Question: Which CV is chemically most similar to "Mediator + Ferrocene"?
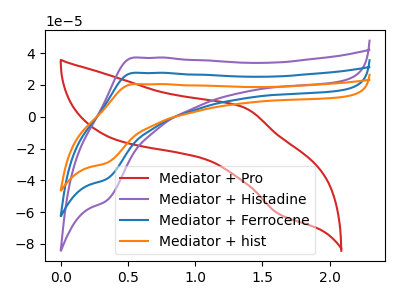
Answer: <think>The red curve "Mediator + Pro" has an anodic peak at (1.35V, 5.95uA) and a cathodic peak at (1.65V, -61.35uA). The purple curve "Mediator + Histadine" has an anodic peak at (0.55V, 37.15uA) and a cathodic peak at (0.35V, -53.00uA). The blue curve "Mediator + Ferrocene" has an anodic peak at (0.55V, 27.55uA) and a cathodic peak at (0.35V, -39.35uA). The orange curve "Mediator + hist" has an anodic peak at (0.55V, 55.10uA) and a cathodic peak at (0.35V, -78.70uA).
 "Mediator + Pro" and "Mediator + Histadine" have at least one peak that do not match. "Mediator + Pro" and "Mediator + Ferrocene" have at least one peak that do not match. "Mediator + Pro" and "Mediator + hist" have at least one peak that do not match. All the peaks in "Mediator + Histadine" have a peak in "Mediator + Ferrocene" at the same potential. Every peak in "Mediator + Histadine" is higher than every peak in "Mediator + Ferrocene". All the peaks in "Mediator + Histadine" have a peak in "Mediator + hist" at the same potential. Every peak in "Mediator + Histadine" is lower than every peak in "Mediator + hist". All the peaks in "Mediator + Ferrocene" have a peak in "Mediator + hist" at the same potential. Every peak in "Mediator + Ferrocene" is lower than every peak in "Mediator + hist".</think>
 <answer>"Mediator + Ferrocene" and "Mediator + hist" have a similar shape to "Mediator + Histadine".</answer>
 <eval>"Mediator + Ferrocene" "Mediator + hist"</eval>